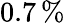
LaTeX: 0.7\, \%